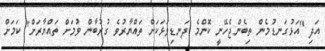
އަދި "އަޅުގަނޑުމެން ތިބެންޖެހޭނީ ކޮންމެ ދަނޑިވަޅަކަށް ތައްޔާރުވެ ގުރުބާން ވުމަށް ތައްޔާރަށް" ކަމަށް